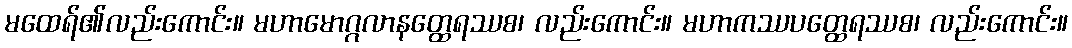
မထေရ်၏လည်းကောင်း။ မဟာမောဂ္ဂလာနတ္ထေရဿစ၊ လည်းကောင်း။ မဟာကဿပတ္ထေရဿစ၊ လည်းကောင်း။